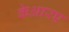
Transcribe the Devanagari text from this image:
केआरए